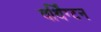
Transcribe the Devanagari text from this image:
वर्थिंग्टन